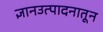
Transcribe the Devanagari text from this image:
ज्ञानउत्पादनातून